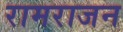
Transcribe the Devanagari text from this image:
रामराजन